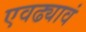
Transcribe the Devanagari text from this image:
एवढ्यावं